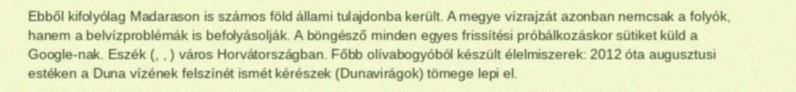
Ebből kifolyólag Madarason is számos föld állami tulajdonba került. A megye vízrajzát azonban nemcsak a folyók, hanem a belvízproblémák is befolyásolják. A böngésző minden egyes frissítési próbálkozáskor sütiket küld a Google-nak. Eszék (, , ) város Horvátországban. Főbb olívabogyóból készült élelmiszerek: 2012 óta augusztusi estéken a Duna vízének felszínét ismét kérészek (Dunavirágok) tömege lepi el.